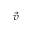
\stackrel { \vec { v } } { }